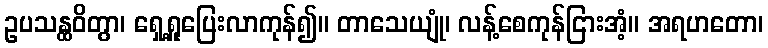
ဥပသန္ထဝိတွာ၊ ရှေ့ရှုပြေးလာကုန်၍။ တာသေယျုံ၊ လန့်စေကုန်ငြားအံ့။ အရဟတော၊